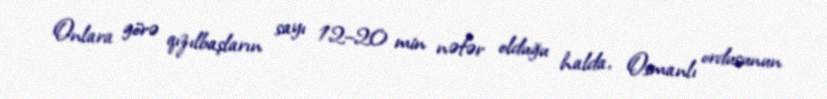
Onlara görə qızılbaşların sayı 12–20 min nəfər olduğu halda, Osmanlı ordusunun